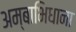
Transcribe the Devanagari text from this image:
अम्बाभिधाना